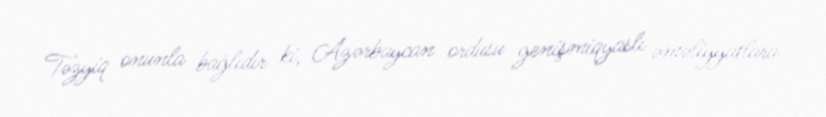
Təzyiq onunla bağlıdır ki, Azərbaycan ordusu genişmiqyaslı əməliyyatlara